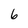
Character: 6